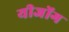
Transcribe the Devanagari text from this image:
यीजोंग